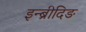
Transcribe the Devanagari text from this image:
इन्ब्रीदिङ